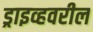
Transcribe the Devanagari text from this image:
ड्राइव्हवरील